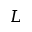
L